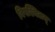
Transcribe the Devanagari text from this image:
विपश्चितम्